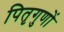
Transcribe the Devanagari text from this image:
पितृगुणों